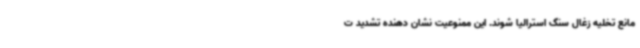
مانع تخلیه زغال سنگ استرالیا شوند. این ممنوعیت نشان دهنده تشدید ت